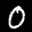
Label: 0